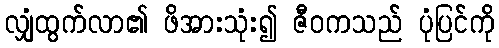
လျှံထွက်လာ၏ ဖိအားသုံး၍ ဇီဝကသည် ပုံပြင်ကို